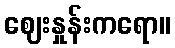
ဈေးနှုန်းကရော။